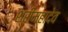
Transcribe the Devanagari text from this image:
श्रीमहादेव